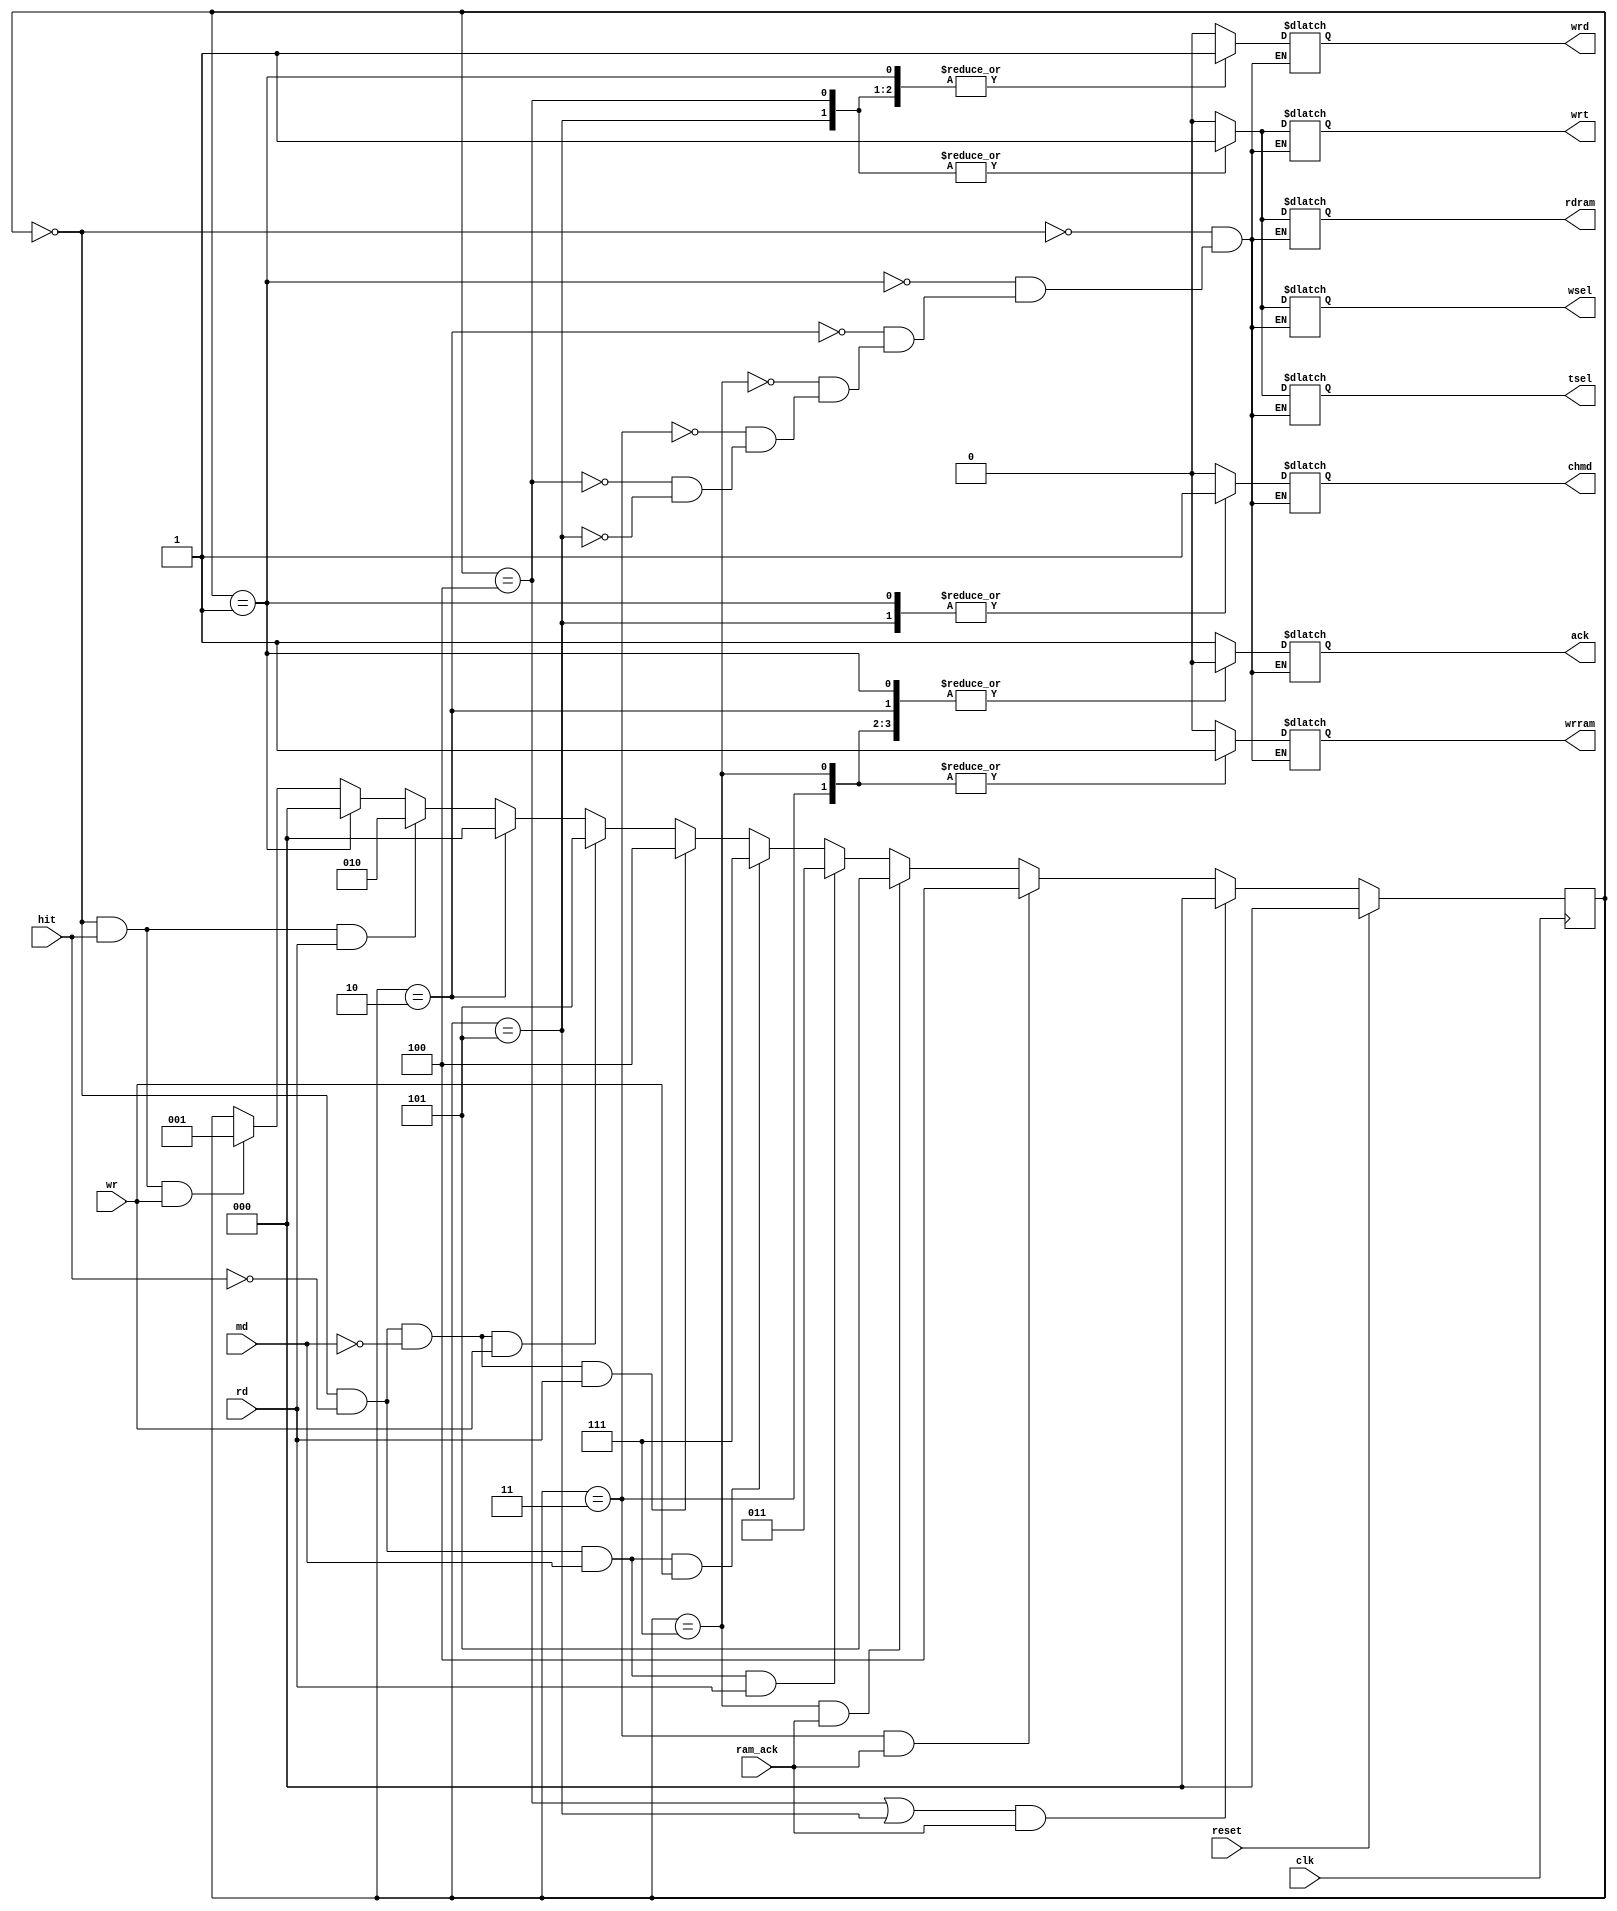
`timescale 1ns / 1ps
//////////////////////////////////////////////////////////////////////////////////
// Company: 
// Engineer: 
// 
// Design Name: 
// Module Name: muu
// Project Name: 
// Target Devices: 
// Tool Versions: 
// Description: 
// 
// Dependencies: 
// 
// Revision:
// Revision 0.01 - File Created
// Additional Comments:
// 
//////////////////////////////////////////////////////////////////////////////////


module muu(
  input clk,
  input reset,
  input rd,
  input wr,
  input md,
  input hit,
  input ram_ack,
  
  output reg chmd,
  output reg wrt,
  output reg wrd,
  output reg wsel, 
  output reg tsel,
  output reg rdram, 
  output reg wrram,
  output reg ack
    );
 
 localparam IDLE = 3'b000;
 localparam HIT_WR = 3'b001;
 localparam HIT_RD = 3'b010;
 localparam RAM_WR_RD = 3'b011;
 localparam RAM_WR_WR = 3'b111;
 localparam RAM_RD_RD = 3'b100;
 localparam RAM_RD_WR = 3'b101;
 reg [2:0] state;  
 
 
  always@(posedge clk) begin
    if (reset == 1'b1) begin
        state <= IDLE;
    end else begin
        if (state == IDLE && hit == 'b1 && wr == 'b1)
            state <= HIT_WR;
        if (state == HIT_WR)
            state <= IDLE;
        if (state == IDLE && hit == 'b1 && rd == 'b1)
            state <= HIT_RD;
        if (state == HIT_RD)
            state <= IDLE;
        if (state == IDLE && hit == 'b0 && md == 'b0 && (wr == 'b1))
            state <= RAM_RD_WR;
        if (state == IDLE && hit == 'b0 && md == 'b0 && (rd == 'b1))
            state <= RAM_RD_RD;
        if (state == IDLE && hit == 'b0 && md == 'b1 && (wr == 'b1))
            state <= RAM_WR_WR;
        if (state == IDLE && hit == 'b0 && md == 'b1 && (rd == 'b1))
            state <= RAM_WR_RD;
        if (state == RAM_WR_WR && ram_ack == 'b1)
            state <= RAM_RD_WR;
        if (state == RAM_WR_RD && ram_ack == 'b1)
            state <= RAM_RD_RD;
        if ((state == RAM_RD_RD || state == RAM_RD_WR) && ram_ack == 'b1)
            state <= IDLE;
    end
   end  
    
    always@(*) begin
        case(state)
            IDLE: {chmd, wrt, wrd, wsel, tsel, rdram, wrram, ack} <=
                  {8'b0___0_____0_____0____0______0_______0____1};
            HIT_WR: {chmd, wrt, wrd, wsel, tsel, rdram, wrram, ack} <=
                    {8'b1___0_____1_____0____0______0_______0____0};
            HIT_RD: {chmd, wrt, wrd, wsel, tsel, rdram, wrram, ack} <=
                    {8'b0___0_____0_____0____0______0_______0____0};
            RAM_WR_WR: {chmd, wrt, wrd, wsel, tsel, rdram, wrram, ack} <=
                    {8'b0___0_____0_____0____0______0_______1____0};
            RAM_WR_RD: {chmd, wrt, wrd, wsel, tsel, rdram, wrram, ack} <=
                    {8'b0___0_____0_____0____0______0_______1____0};
            RAM_RD_RD: {chmd, wrt, wrd, wsel, tsel, rdram, wrram, ack} <=
                    {8'b0___1_____1_____1____1______1_______0____0};
            RAM_RD_WR: {chmd, wrt, wrd, wsel, tsel, rdram, wrram, ack} <=
                    {8'b1___1_____1_____1____1______1_______0____0};
            //TODO
        endcase
    end
  
endmodule